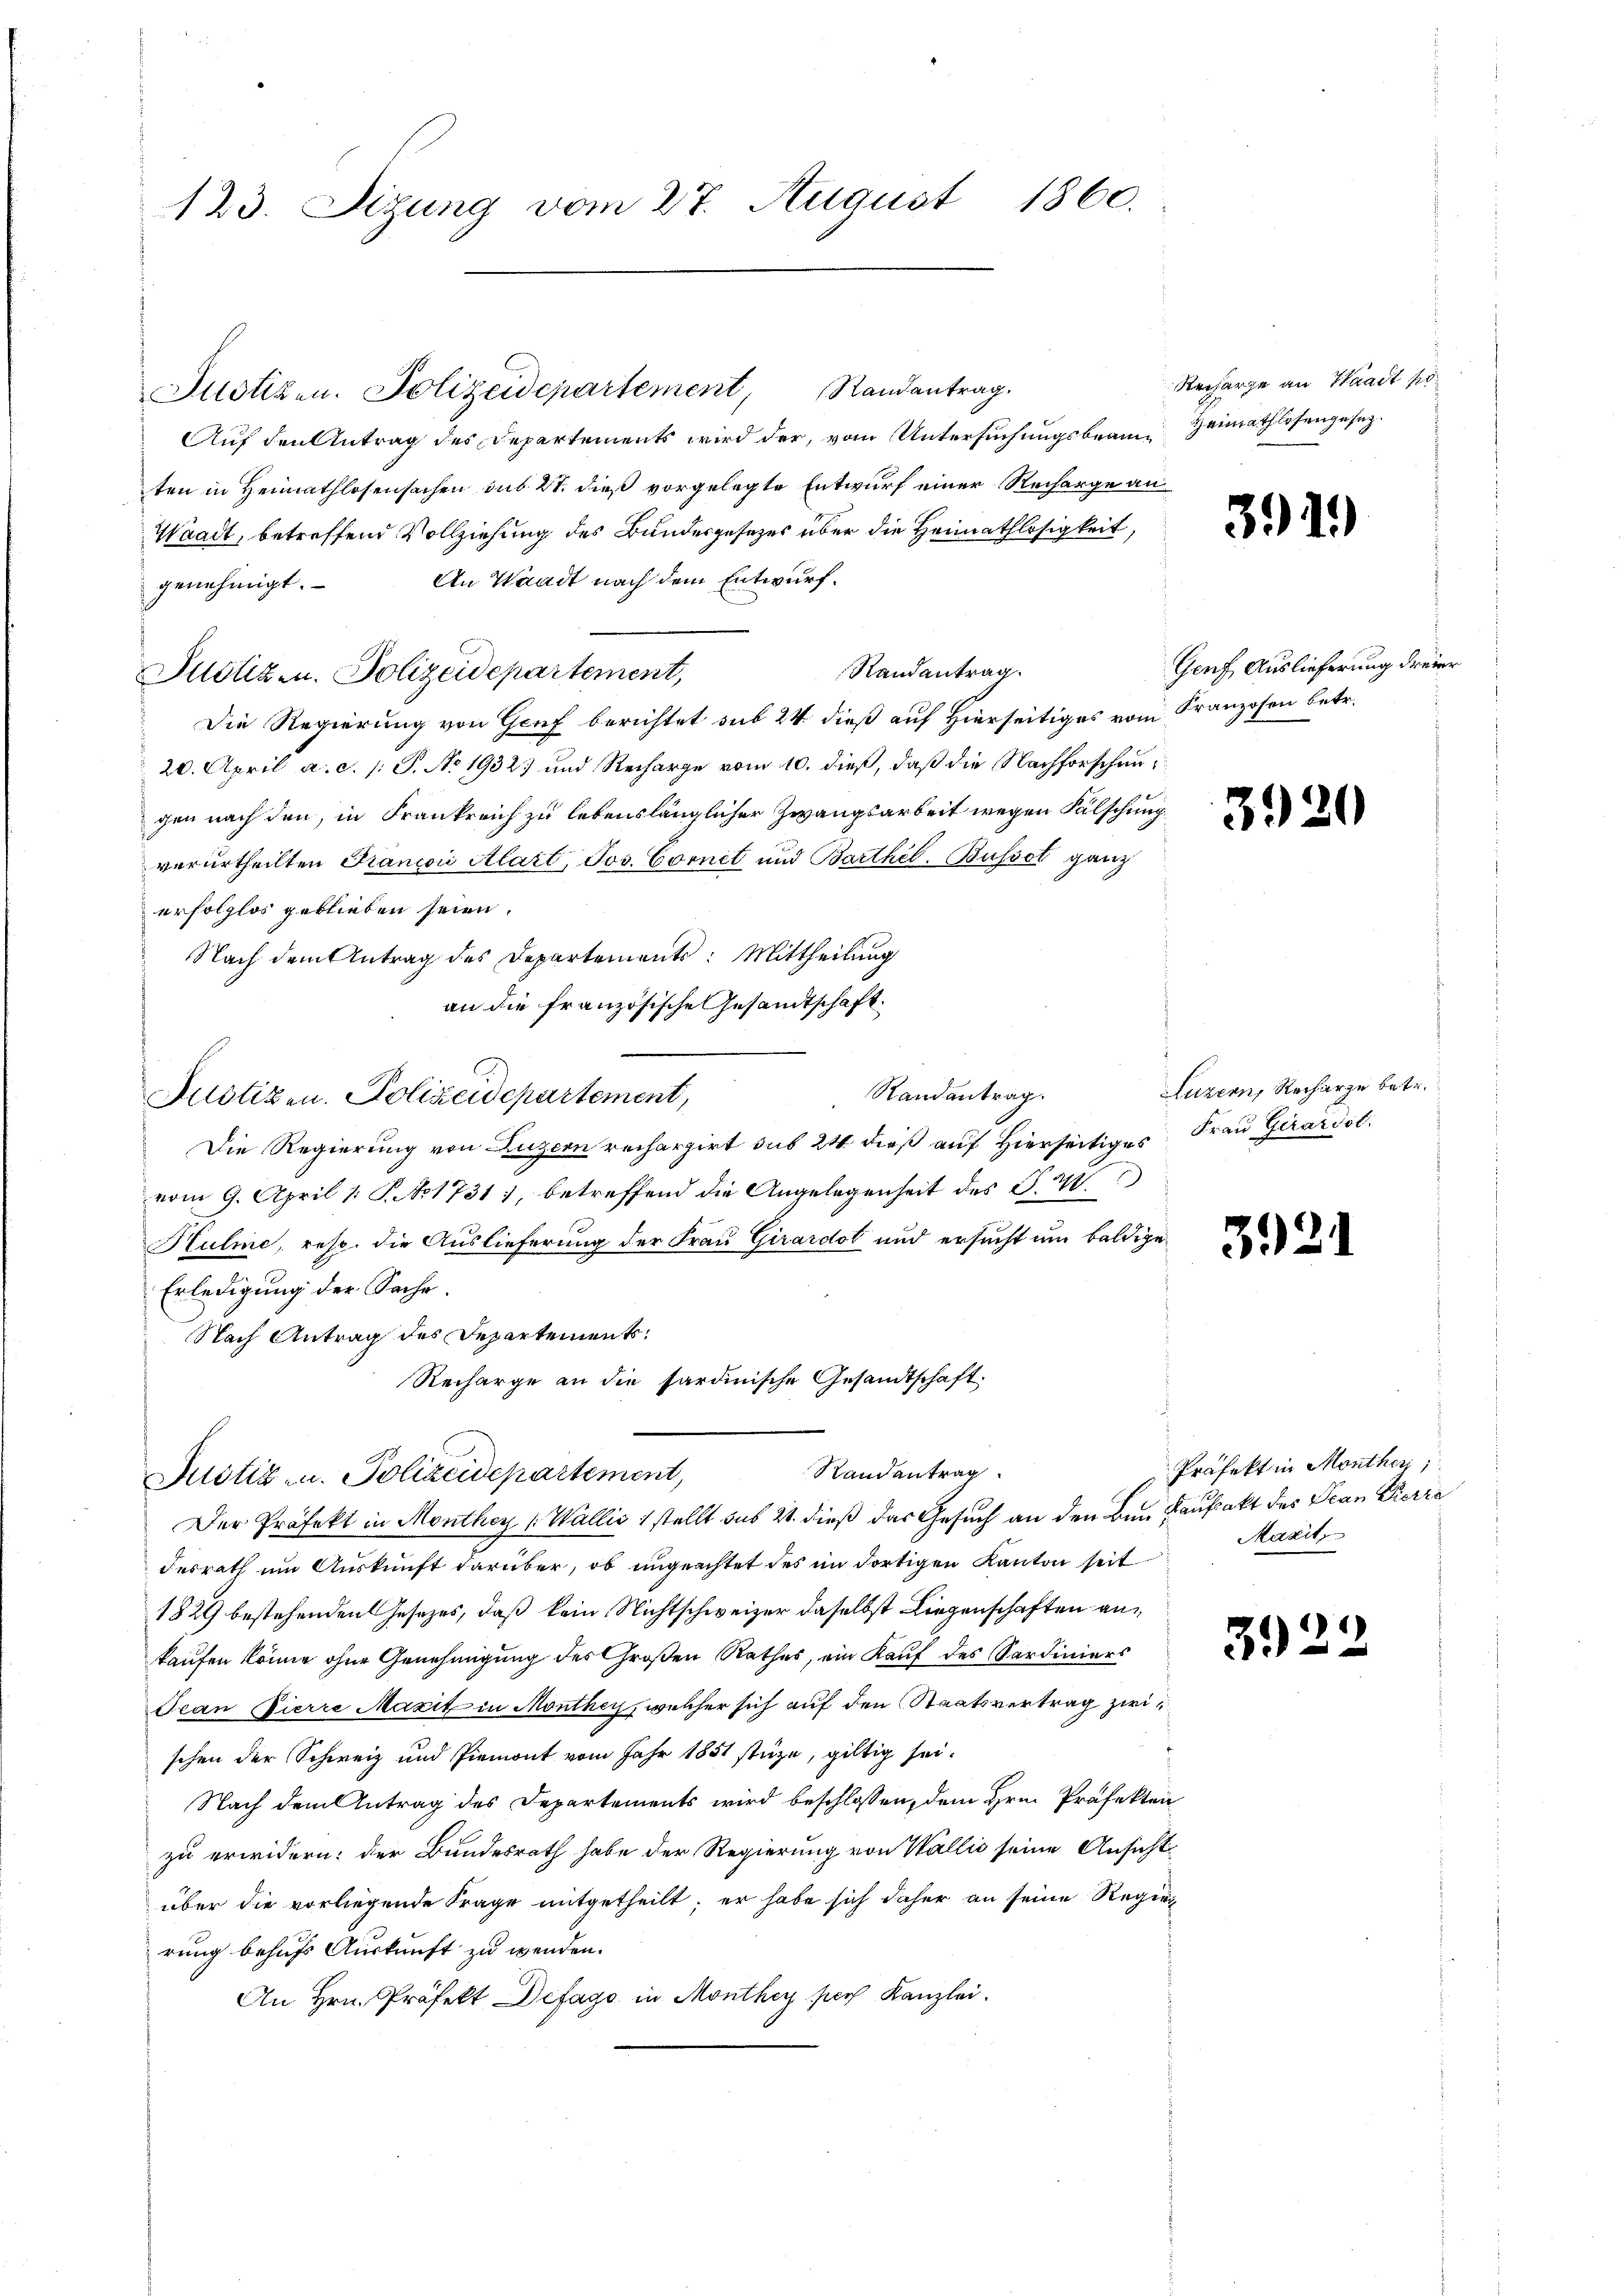
123. Sizung vom 27. August 1860.

Justizen. Polizeidepartement, Randantrag.
Auf den Antrag des Departements wird der, vom Untersuchungsbraun Heimathlosengesezten in Heimathlosensachen sub 21. dieß vorgelegte Entwurf einer Recharge an¬
Waadt, betreffend Vollziehung des Bundesgesetzes über die Heimathlosigkeit,
An Waadt nach dem Entwurf.
genehmigt.
Randantrag.
Justiz- u. Polizeidepartement,
Die Regierung von Genf berichtet sub 24 dieß auf Hierseitiges vom Franzosen betr.
20. April a. c. /: P. No 1932) und Recharge vom 10. dieß, daß die Nachforschen
gen nach den, in Frankreich zu lebenslänglicher Zwangsarbeit wegen Fälschung
verurtheilten Francoii Alart, Jos. Cornet und Barthel. Busset ganz
erfolglos geblieben seien.
Nach dem Antrag des Departements: Mittheilung
an die französische Gesandtschaft.
Randantrag.
Justizen. Polizeidepartement,
Die Regierung von Luzern rechargirt sub 24 dieß auf Hierseitiges Frau Girardst
vom 9. April 1 S. 1731, betreffend die Angelegenheit des S. 48
Hulme, resp. die Auslieferung der Frau Girardol und ersucht um baldige
Erledigung der Sache.
Nach Antrag des Departements
Recharge an die sardinische Gesandtschaft.
Randantrag
Justiz- u. Polizeidepartement,
Der Präfekt in Monthey (Wallis 1 stellt sub 21. dieß das Gesuch an den Bei Kaufakt des Jean Pierra
desrath um Auskunft darüber, ob ungeachtet des im dortigen Kanton seit
1829 bestehenden Gesetzes, daß kein Nichtschweizer daselbst Liegenschaften ankaufen könne ohne Genehmigung des Großen Rathes, ein Kauf des Sardiniers
Jean Pierre Maxit in Monthey, welcher sich auf den Staatsvertrag zwischen der Schweiz und Piemont vom Jahr 1851 stüze, giltig sei.
Nach dem Antrag des Departements wird beschlossen, dem Hrn. Präfekten
zu erwidern: der Bundesrath habe der Regierung von Wallis seine Ansicht
über die vorliegende Frage mitgetheilt; er habe sich daher an seine Regie
rung behufs Auskunft zu wenden.
An Hrn. Präfekt Defage in Monthey pers Kanzlei.

Recharge an Waadt ko

391)

Genf Auslieferung dreier

3920

Luzern, Recharze betr.

392.

Präfekt in Monther,
Mazit

3.)